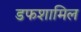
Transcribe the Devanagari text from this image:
डफशामिल